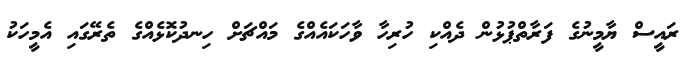
ރައީސް ޔާމީނުގެ ފަރާތްޕުޅުން ދެއްކި ހުރިހާ ވާހަކައެއްގެ މައްޗަށް ހިނދުކޮޅެއްގެ ތެރޭގައި އެމީހަކު